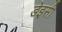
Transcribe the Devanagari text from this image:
डेइसी